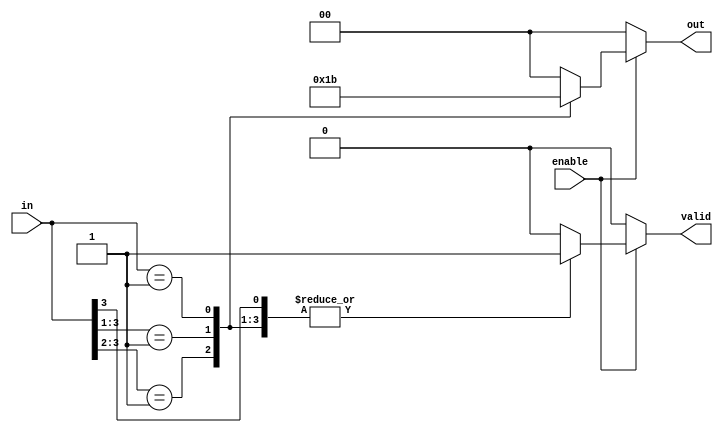
module multilevel_encoder (
    input wire [3:0] in,     // 4 input lines
    input wire enable,        // Enable signal
    output reg [1:0] out,     // 2 output lines
    output reg valid          // Output valid signal
);

// Always block to define the behavior of the encoder
always @(*) begin
    // Default output values
    out = 2'b00;
    valid = 1'b0;

    // Check if the enable signal is active
    if (enable) begin
        // Priority encoding logic
        casez (in) // casez allows for don't care conditions
            4'b1??? : begin // If input 0 is active
                out = 2'b00; // Output for input 0
                valid = 1'b1;
            end
            4'b01?? : begin // If input 1 is active
                out = 2'b01; // Output for input 1
                valid = 1'b1;
            end
            4'b001? : begin // If input 2 is active
                out = 2'b10; // Output for input 2
                valid = 1'b1;
            end
            4'b0001 : begin // If input 3 is active
                out = 2'b11; // Output for input 3
                valid = 1'b1;
            end
            default: begin
                out = 2'b00; // Default case (if no inputs are active)
                valid = 1'b0; // No valid output
            end
        endcase
    end
end

endmodule